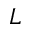
L